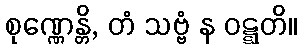
စုဏ္ဏေန္တိ, တံ သဗ္ဗံ န ဝဋ္ဋတိ။